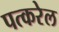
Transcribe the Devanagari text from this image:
पत्करेल